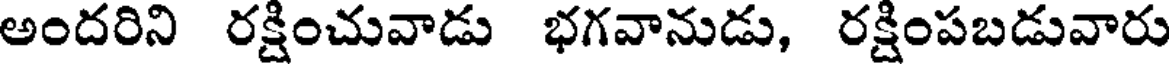
అందరిని రక్షించువాడు భగవానుడు, రక్షింపబడువారు